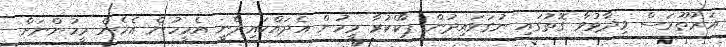
އަރުތޫރަސް ވިދާޅުވާ ގޮތުގައި ނުގަވައިދުން ޕާކްކުރާ މީހުން އެދައްކައިދެނީ އެމީހުން އެހެން މީހުންނަށް